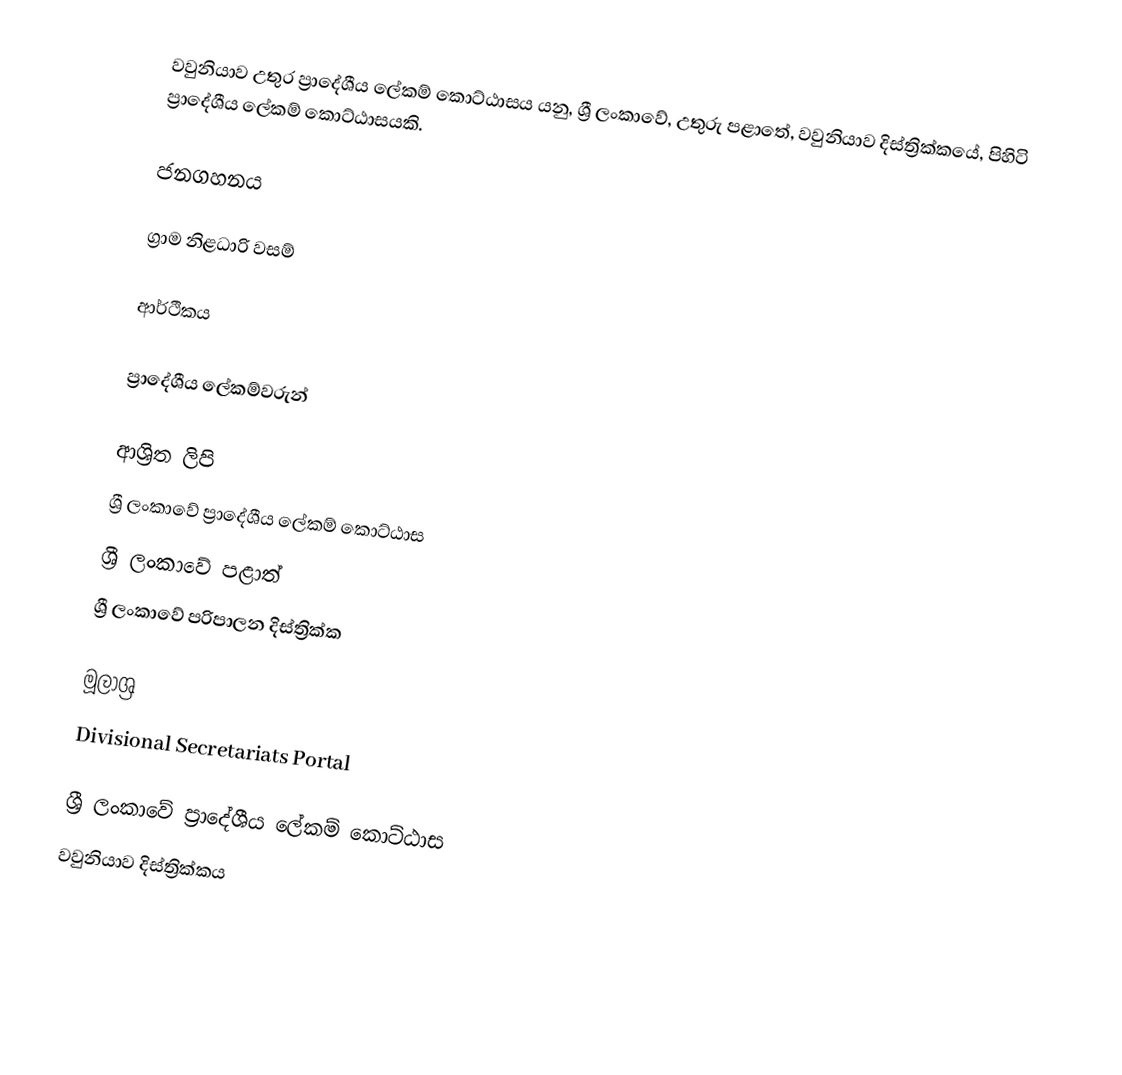
වවුනියාව උතුර ප්‍රාදේශීය ලේකම් කොට්ඨාසය යනු,  ශ්‍රී ලංකාවේ, උතුරු පළාතේ,   වවුනියාව දිස්ත්‍රික්කයේ, පිහිටි ප්‍රාදේශීය ලේකම් කොට්ඨාසයකි.

ජනගහනය

ග්‍රාම නිළධාරි වසම්

ආර්ථිකය

ප්‍රාදේශීය ලේකම්වරුන්

ආශ්‍රිත ලිපි
ශ්‍රී ලංකාවේ ප්‍රාදේශීය ලේකම් කොට්ඨාස
ශ්‍රී ලංකාවේ පළාත්
ශ්‍රී ලංකාවේ පරිපාලන දිස්ත්‍රික්ක

මූලාශ්‍ර
 Divisional Secretariats Portal

ශ්‍රී ලංකාවේ ප්‍රාදේශීය ලේකම් කොට්ඨාස
වවුනියාව දිස්ත්‍රික්කය